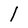
Character: l